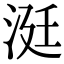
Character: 涏